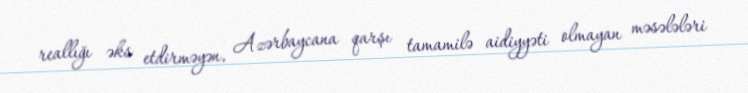
reallığı əks etdirməyən, Azərbaycana qarşı tamamilə aidiyyəti olmayan məsələləri